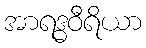
အာရဒ္ဓဝီရိယာ